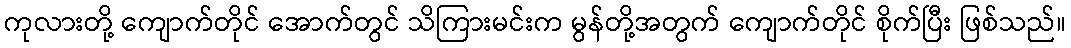
ကုလားတို့ ကျောက်တိုင် အောက်တွင် သိကြားမင်းက မွန်တို့အတွက် ကျောက်တိုင် စိုက်ပြီး ဖြစ်သည်။